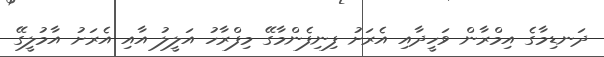
ދަނޑިމާގެ އިމްރާން ވަހީދާއި އެރަށު ފިނިފެންމާގޭ މިފްރާހު އަލީލު އާއި އެރަށު އާމުލީގޭ